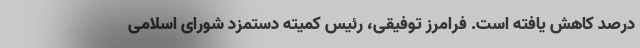
درصد کاهش یافته است. فرامرز توفیقی،‌ رئیس کمیته دستمزد شورای اسلامی